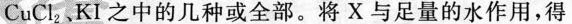
CuCl_{2}、KI之中的几种或全部。将X 与足量的水作用，得